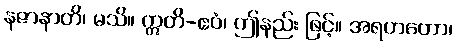
နဇာနာတိ၊ မသိ။ ဣတိ-ဧဝံ၊ ဤနည်း ဖြင့်။ အရဟတော၊